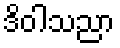
ဒိဝါသညာ